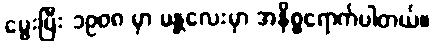
မွေးပြီး ၁၉၀၈ မှာ မန္တလေးမှာ အနိစ္စရောက်ပါတယ်။